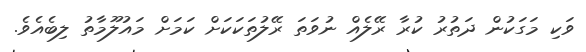
ވަކި މަގަކުން ދަތުރު ކުރާ ރޭލެއް ނުވަތަ ރޭލުތަކަކަށް ކަމަށް މައުލޫމާތު ލިބެއެވެ.